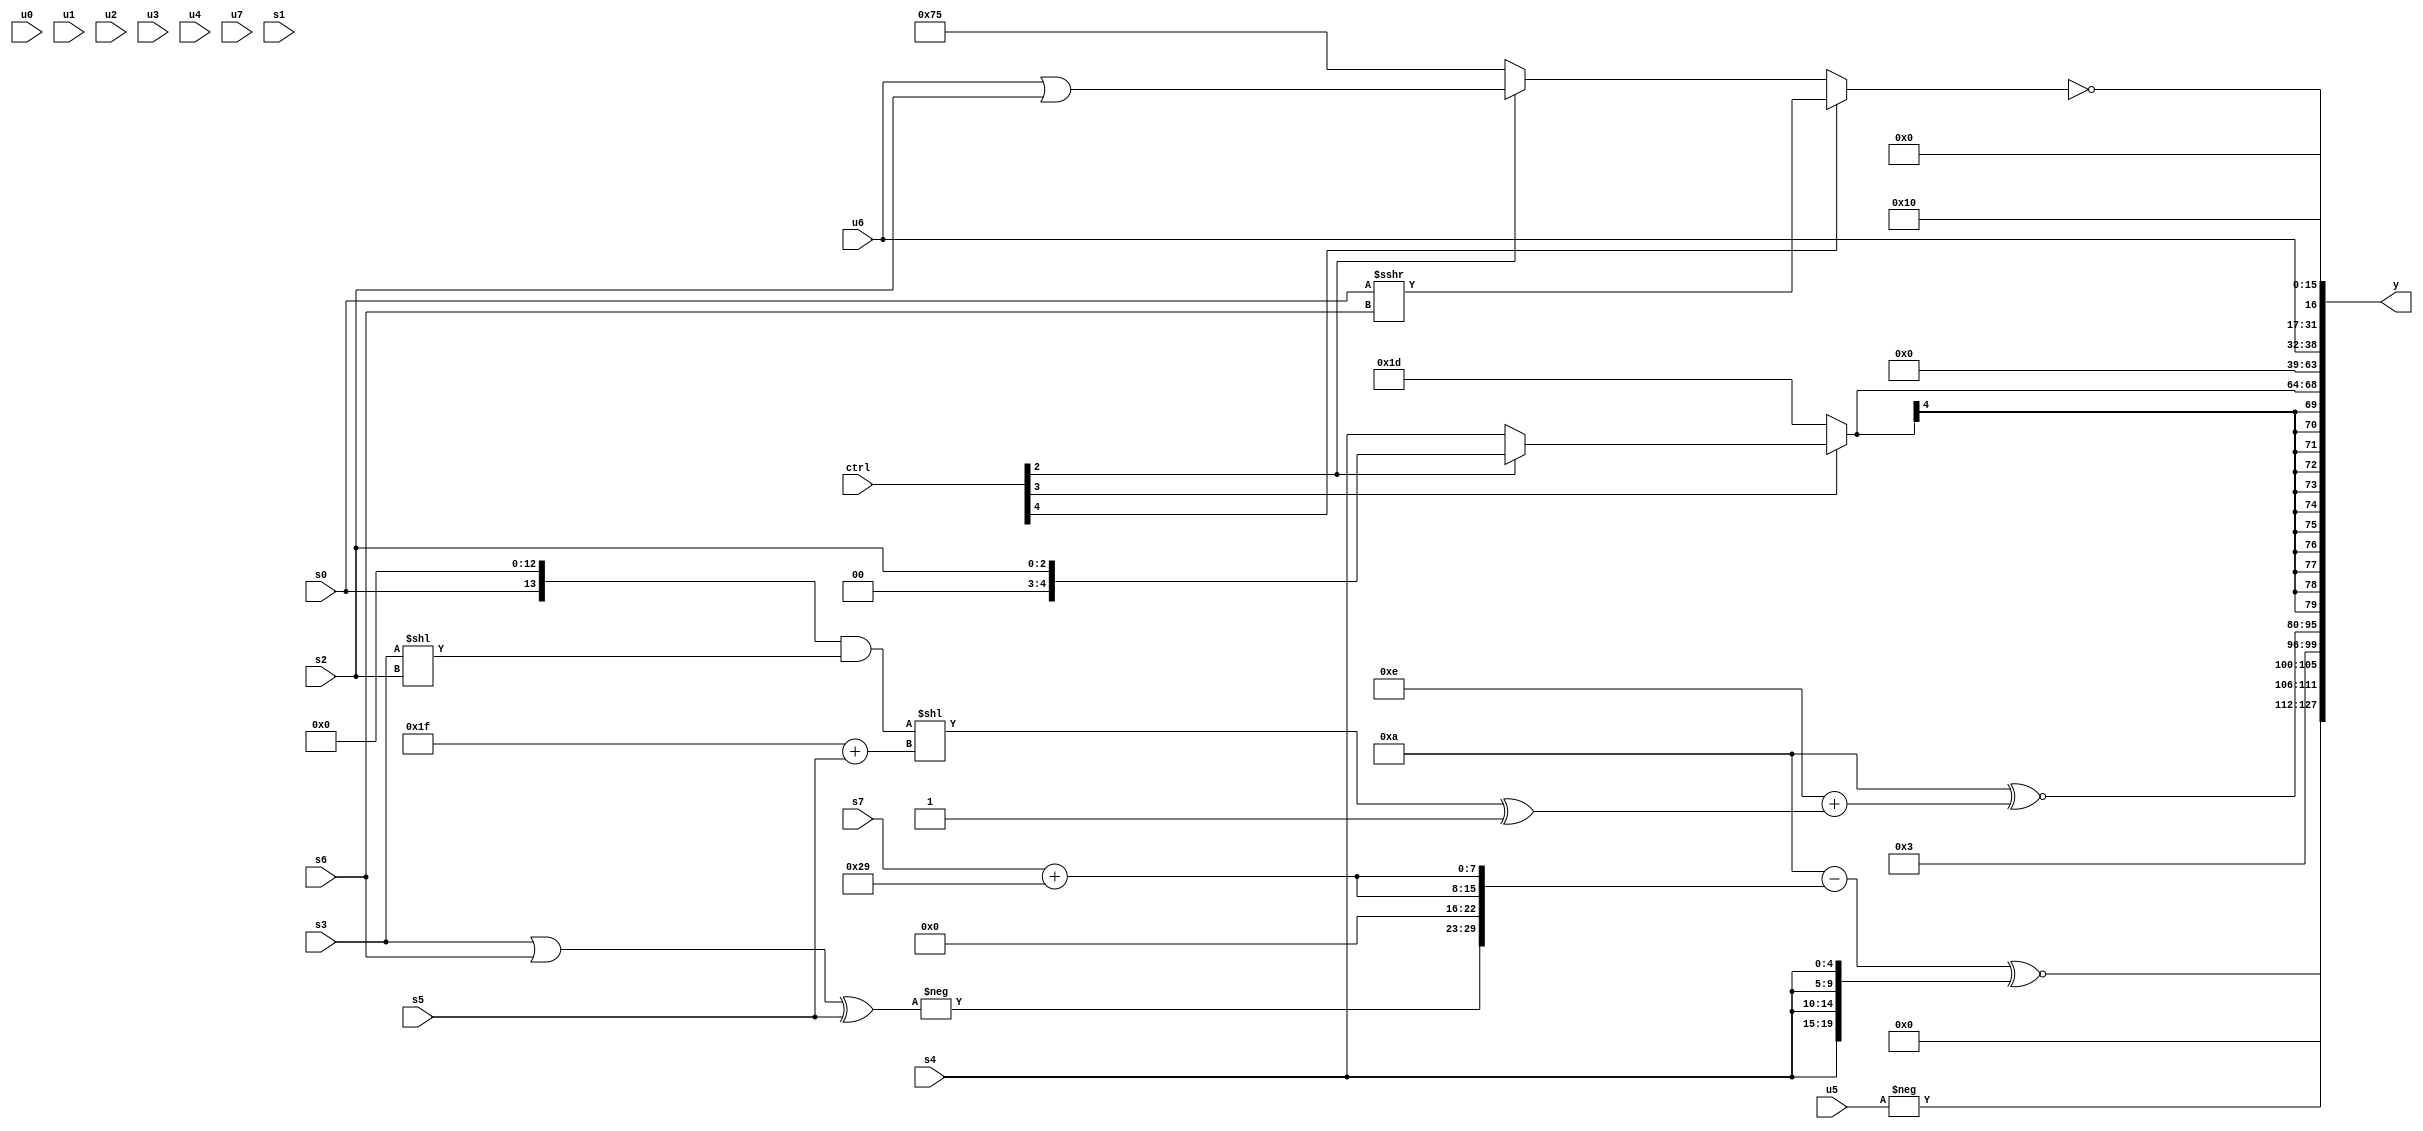
module wideexpr_00536(ctrl, u0, u1, u2, u3, u4, u5, u6, u7, s0, s1, s2, s3, s4, s5, s6, s7, y);
  input [7:0] ctrl;
  input [0:0] u0;
  input [1:0] u1;
  input [2:0] u2;
  input [3:0] u3;
  input [4:0] u4;
  input [5:0] u5;
  input [6:0] u6;
  input [7:0] u7;
  input signed [0:0] s0;
  input signed [1:0] s1;
  input signed [2:0] s2;
  input signed [3:0] s3;
  input signed [4:0] s4;
  input signed [5:0] s5;
  input signed [6:0] s6;
  input signed [7:0] s7;
  output [127:0] y;
  wire [15:0] y0;
  wire [15:0] y1;
  wire [15:0] y2;
  wire [15:0] y3;
  wire [15:0] y4;
  wire [15:0] y5;
  wire [15:0] y6;
  wire [15:0] y7;
  assign y = {y0,y1,y2,y3,y4,y5,y6,y7};
  assign y0 = (($signed(4'sb1010))-({{-(((s3)|(s6))^(s5)),(+(s6))>>(+($signed(5'sb01110)))},{2{(s7)+(6'sb101001)}}}))^~({4{s4}});
  assign y1 = {-(u5),~(4'sb1100)};
  assign y2 = ((3'sb101)<<<(1'sb1))^~((5'sb01110)+(((((s0)<<<(5'sb01101))&((s3)<<(s2)))<<(($signed(6'b011111))+(s5)))^(1'sb1)));
  assign y3 = $signed((ctrl[3]?(ctrl[2]?(ctrl[2]?$signed(s2):(2'sb01)<<<(s6)):s4):+(-($unsigned(2'b11)))));
  assign y4 = -(1'sb0);
  assign y5 = u6;
  assign y6 = !((ctrl[4]?($signed($signed(s0)))>>>(s6):(ctrl[2]?$signed((u6)|(s2)):$signed(6'sb110101))));
  assign y7 = (&(1'sb1))<<<(6'b000100);
endmodule